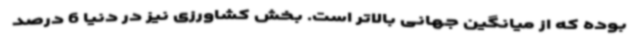
بوده که از میانگین جهانی بالاتر است. بخش کشاورزی نیز در دنیا 6 درصد